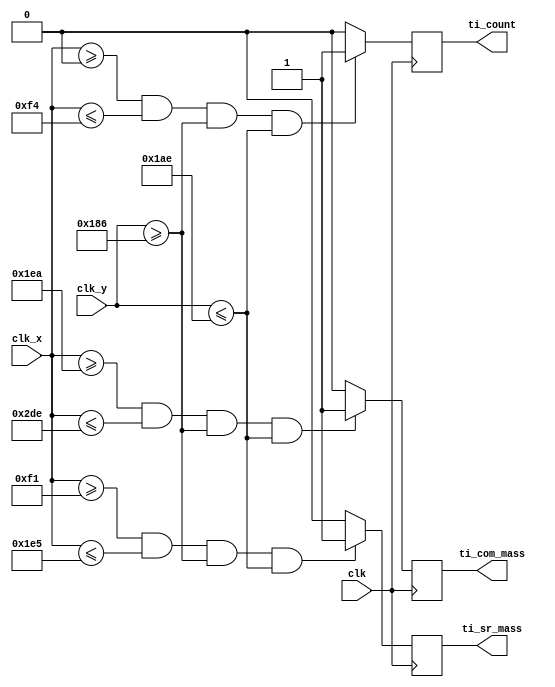
module DRAW_3TITLES(
	input wire clk,
//	input wire reset,	

	input wire [10:0]clk_x,
	input wire [9:0]clk_y,
	
	output reg ti_count,
	output reg ti_sr_mass,
	output reg ti_com_mass
	
	);
	
parameter[10:0] x1 = 11'd0;
parameter[10:0] x2 = 11'd244;
parameter[9:0] y1 = 11'd390;
parameter[9:0] y2 = 11'd430;

parameter[10:0] x3 = 11'd241;
parameter[10:0] x4 = 11'd485;

parameter[10:0] x5 = 11'd490;
parameter[10:0] x6 = 11'd734;

always @ (posedge clk)
	begin
		//if (((enable[7:0] > 8'd0) || (clcount[1:0] > 2'b0))&&(valid == 1)) 
			if ((clk_x[10:0]>=x1)&&(clk_x[10:0]<=x2)&&(clk_y[9:0]>=y1)&&(clk_y[9:0]<=y2))
					ti_count = 1;
				else
					ti_count = 0;
			if ((clk_x[10:0]>=x3)&&(clk_x[10:0]<=x4)&&(clk_y[9:0]>=y1)&&(clk_y[9:0]<=y2))
					ti_sr_mass = 1;
				else
					ti_sr_mass = 0;	
			if ((clk_x[10:0]>=x5)&&(clk_x[10:0]<=x6)&&(clk_y[9:0]>=y1)&&(clk_y[9:0]<=y2))
					ti_com_mass = 1;
				else
					ti_com_mass = 0;	
	end	
endmodule